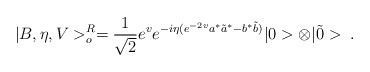
\begin{align*}|B,\eta,V>^{R}_{o}= \frac{1}{\sqrt{2}}e^{v}e^{-i\eta(e^{-2v}a^{*}\tilde{a}^{*} -b^{*}\tilde{b})} |0>\otimes|\tilde{0}>\;.\end{align*}